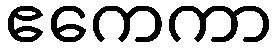
ဧကေကာ